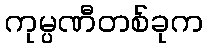
ကုမ္ပဏီတစ်ခုက